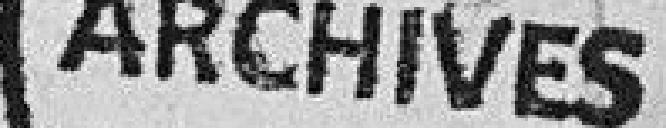
ARCHIVES